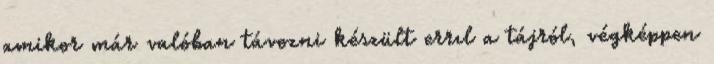
amikor már valóban távozni készült errıl a tájról, végképpen